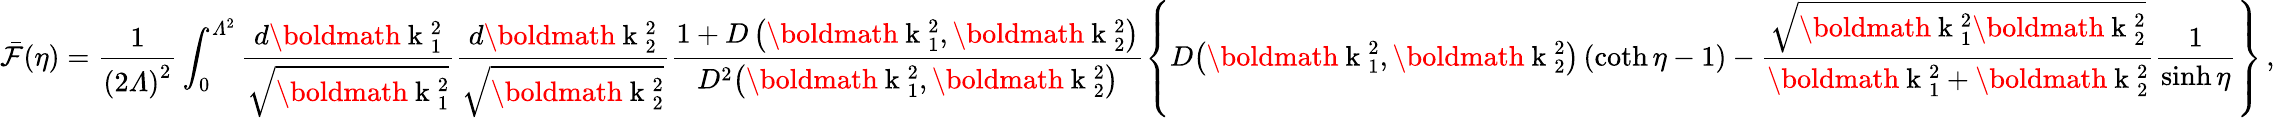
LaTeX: \bar{\cal F}(\eta)=\frac{1}{\left(2{\mit\Lambda}\right)^{2}}\int_{0}^{{\mit\Lambda}^{2}}\frac{d\mathrm{\boldmath~k~}{}_{1}^{2}}{\sqrt{\mathrm{\boldmath~k~}{}_{1}^{2}}}\frac{d\mathrm{\boldmath~k~}{}_{2}^{2}}{\sqrt{\mathrm{\boldmath~k~}{}_{2}^{2}}}\frac{1+D\left(\mathrm{\boldmath~k~}{}_{1}^{2},\mathrm{\boldmath~k~}{}_{2}^{2}\right)}{D^{2}\! \left(\mathrm{\boldmath~k~}{}_{1}^{2},\mathrm{\boldmath~k~}{}_{2}^{2}\right)}\left\{ D\! \left(\mathrm{\boldmath~k~}{}_{1}^{2},\mathrm{\boldmath~k~}{}_{2}^{2}\right)\left(\coth\eta-1\right)-\frac{\sqrt{\mathrm{\boldmath~k~}{}_{1}^{2}\mathrm{\boldmath~k~}{}_{2}^{2}}}{\mathrm{\boldmath~k~}{}_{1}^{2}+\mathrm{\boldmath~k~}{}_{2}^{2}}\frac{1}{\sinh\eta}\right\} \, ,